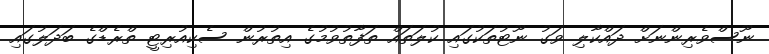
ނޫސްވެރިންނަށް ދައްކާލި ވަގު ނޫޓުތަކުގައި ކުލަތައް ތަފާތުވުމުގެ އިތުރުން ސެކިއުރިޓީ ތްރެޑްގެ ބަދަލުގައި